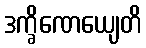
ဒက္ခိဏေယျေတိ